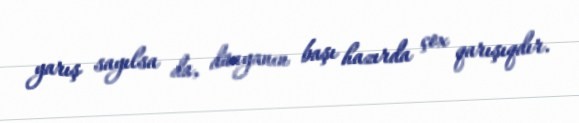
yarış sayılsa da, dünyanın başı hazırda çox qarışıqdır.